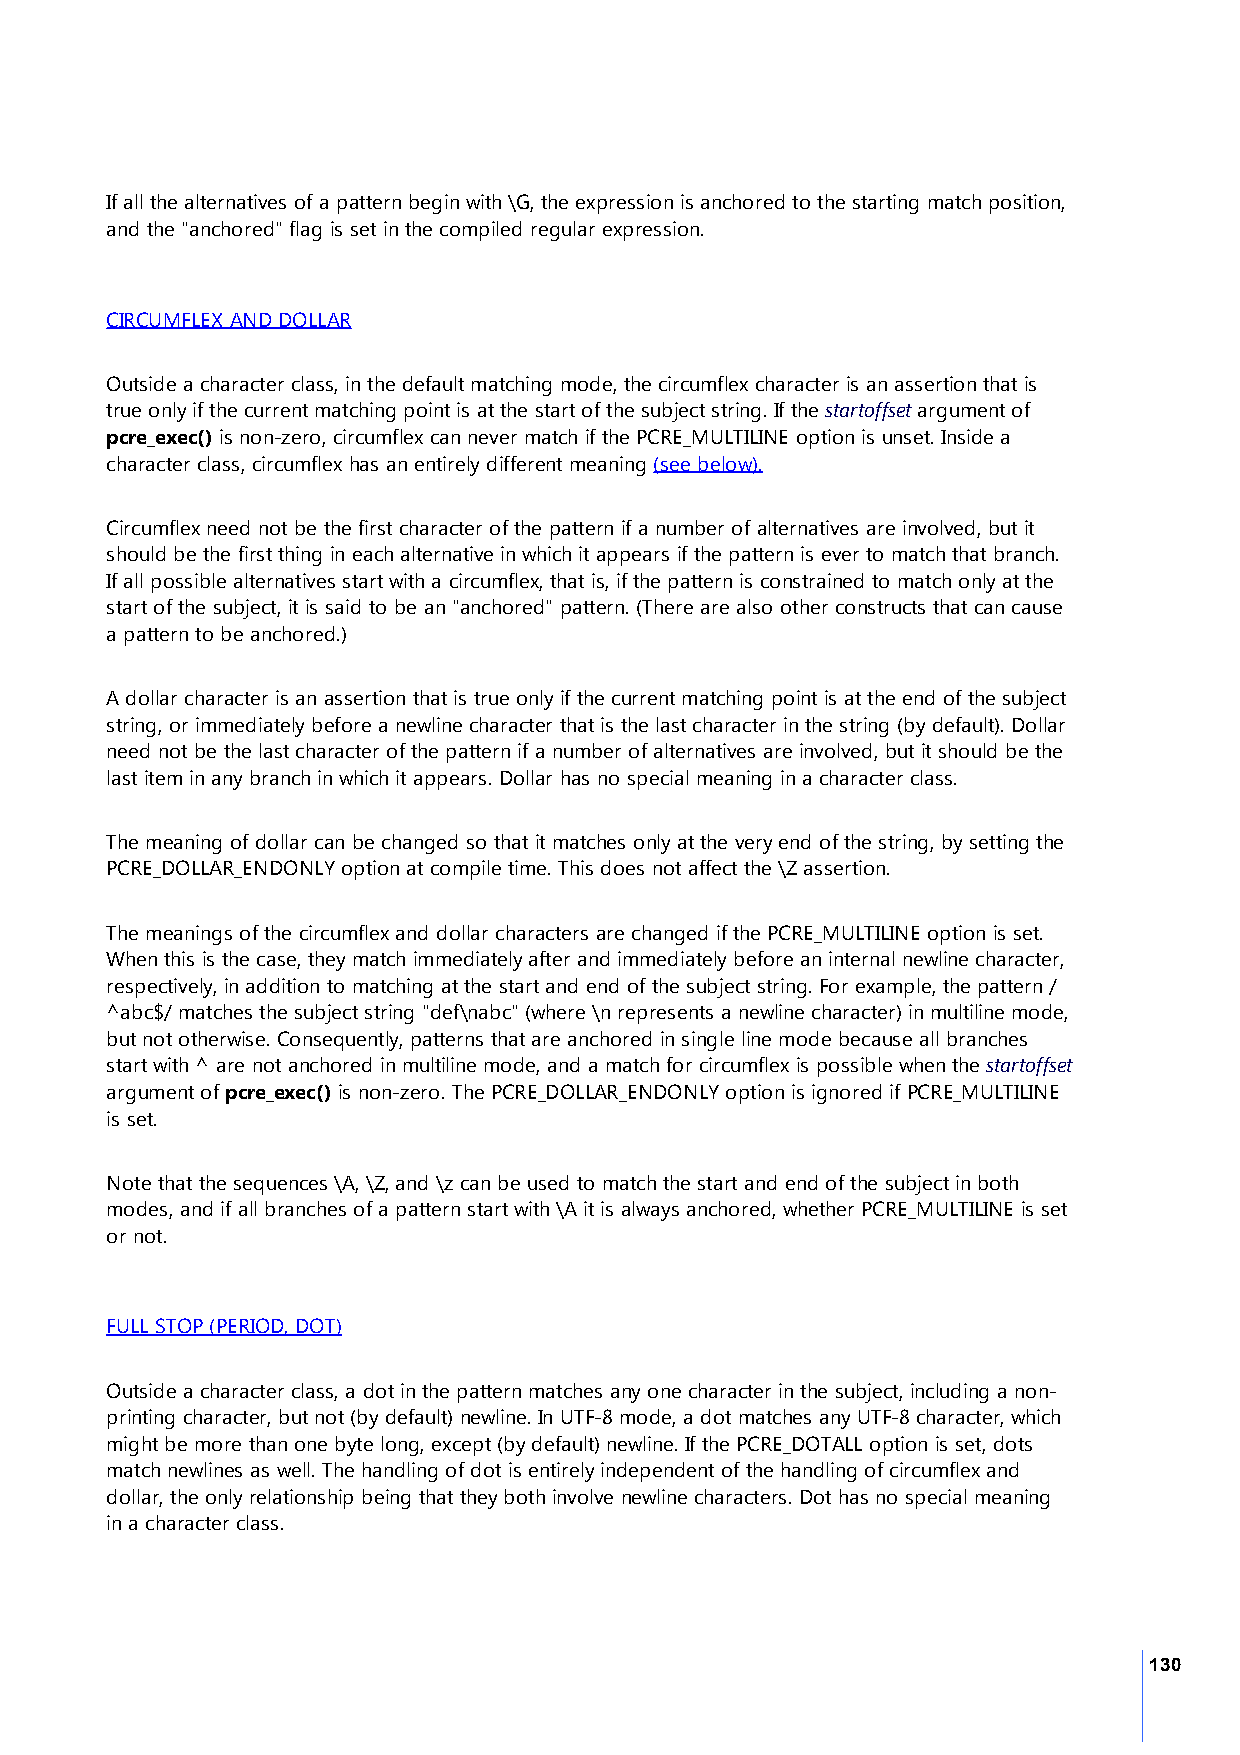
If all the alternatives of a pattern begin with \G, the expression is anchored to the starting match position,
 and the "anchored" flag is set in the compiled regular expression.
 CIRCUMFLEX AND DOLLAR
 Outside a character class, in the default matching mode, the circumflex character is an assertion that is
 true only if the current matching point is at the start of the subject string. If the startoffset argument of
 pcre_exec() is non-zero, circumflex can never match if the PCRE_MULTILINE option is unset. Inside a
 character class, circumflex has an entirely different meaning (see below).
 Circumflex need not be the first character of the pattern if a number of alternatives are involved, but it
 should be the first thing in each alternative in which it appears if the pattern is ever to match that branch.
 If all possible alternatives start with a circumflex, that is, if the pattern is constrained to match only at the
 start of the subject, it is said to be an "anchored" pattern. (There are also other constructs that can cause
 a pattern to be anchored.)
 A dollar character is an assertion that is true only if the current matching point is at the end of the subject
 string, or immediately before a newline character that is the last character in the string (by default). Dollar
 need not be the last character of the pattern if a number of alternatives are involved, but it should be the
 last item in any branch in which it appears. Dollar has no special meaning in a character class.
 The meaning of dollar can be changed so that it matches only at the very end of the string, by setting the
 PCRE_DOLLAR_ENDONLY option at compile time. This does not affect the \Z assertion.
 The meanings of the circumflex and dollar characters are changed if the PCRE_MULTILINE option is set.
 When this is the case, they match immediately after and immediately before an internal newline character,
 respectively, in addition to matching at the start and end of the subject string. For example, the pattern /
 ^abc$/ matches the subject string "def\nabc" (where \n represents a newline character) in multiline mode,
 but not otherwise. Consequently, patterns that are anchored in single line mode because all branches
 start with ^ are not anchored in multiline mode, and a match for circumflex is possible when the startoffset
 argument of pcre_exec() is non-zero. The PCRE_DOLLAR_ENDONLY option is ignored if PCRE_MULTILINE
 is set.
 Note that the sequences \A, \Z, and \z can be used to match the start and end of the subject in both
 modes, and if all branches of a pattern start with \A it is always anchored, whether PCRE_MULTILINE is set
 or not.
 FULL STOP (PERIOD, DOT)
 Outside a character class, a dot in the pattern matches any one character in the subject, including a non-
 printing character, but not (by default) newline. In UTF-8 mode, a dot matches any UTF-8 character, which
 might be more than one byte long, except (by default) newline. If the PCRE_DOTALL option is set, dots
 match newlines as well. The handling of dot is entirely independent of the handling of circumflex and
 dollar, the only relationship being that they both involve newline characters. Dot has no special meaning
 in a character class.
 130